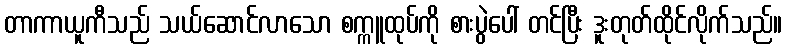
တာကာယူကီသည် သယ်ဆောင်လာသော စက္ကူထုပ်ကို စားပွဲပေါ် တင်ပြီး ဒူးတုတ်ထိုင်လိုက်သည်။